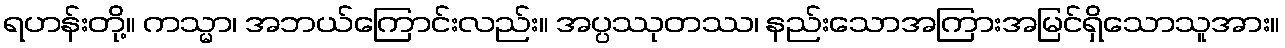
ရဟန်းတို့။ ကသ္မာ၊ အဘယ်ကြောင်းလည်း။ အပ္ပဿုတဿ၊ နည်းသောအကြားအမြင်ရှိသောသူအား။